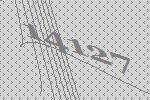
14127